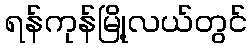
ရန်ကုန်မြို့လယ်တွင်